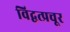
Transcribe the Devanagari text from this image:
विद्वत्प्रचूर